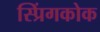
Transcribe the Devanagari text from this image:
स्प्रिंगकोक